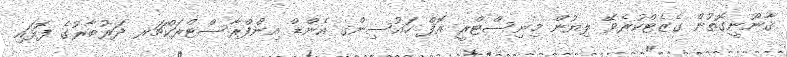
ޤާނޫނީގޮތުން ގެޒެޓްކުރެވޭ ލިޔުން މިނިސްޓްރީ އޮފް ހައުސިންގ އެންޑް އިންފްރާސްޓްރަކްޗަރ ދަރުބާރުގެ ފޮޅައި